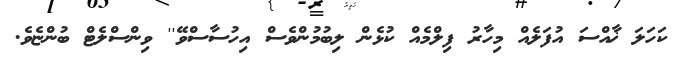
ކަހަލަ ޚާއްސަ އުފަލެއް މިހާރު ފިލްމެއް ކުޅެން ލިބުމުންވެސް އިހުސާސްވޭ'' ވިންސްލެޓް ބުންޏެވެ.